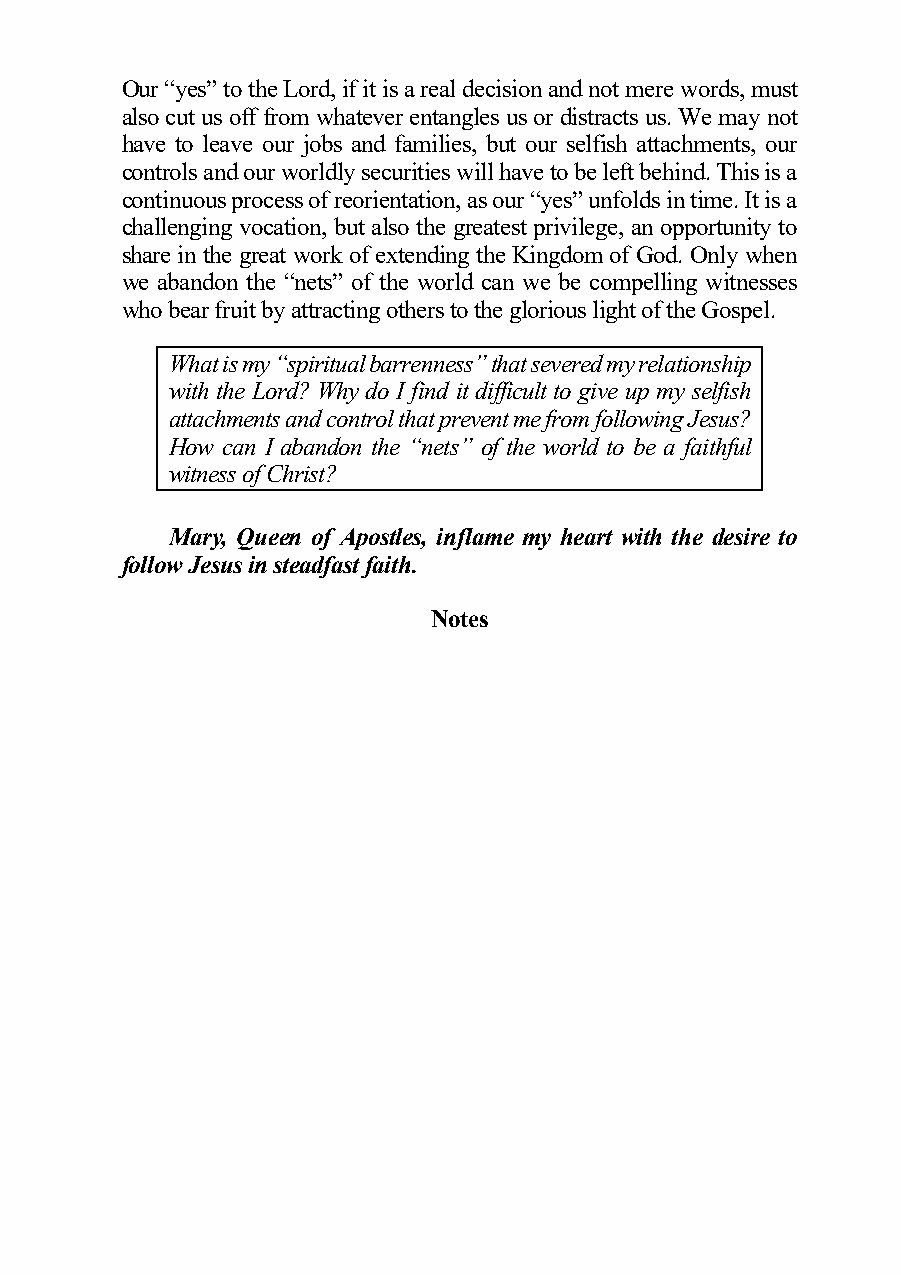
Our “yes” to the Lord, if it is a real decision and not mere words, must
 also cut us off from whatever entangles us or distracts us. We may not
 have to leave our jobs and families, but our selfish attachments, our
 controls and our worldly securities will have to be left behind. This is a
 continuous process of reorientation, as our “yes” unfolds in time. It is a
 challenging vocation, but also the greatest privilege, an opportunity to
 share in the great work of extending the Kingdom of God. Only when
 we abandon the “nets” of the world can we be compelling witnesses
 who bear fruit by attracting others to the glorious light of the Gospel.
 What is my “spiritual barrenness” that severed my relationship
 with the Lord? Why do I find it difficult to give up my selfish
 attachments and control that prevent me from following Jesus?
 How can I abandon the “nets” of the world to be a faithful
 witness of Christ?
 Mary, Queen of Apostles, inflame my heart with the desire to
 follow Jesus in steadfast faith.
 Notes